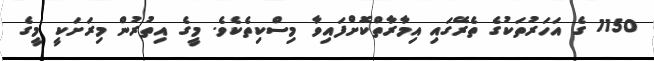
1150 ގެ އަހަރުތަކުގެ ތެރޭގައި އިމާރާތްކޮށްފައިވާ މިސްކިތެކެވެ. މީގެ އިތުރުން މިރަށަކީ މީގެ